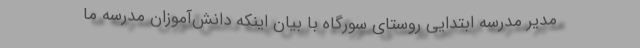
مدیر مدرسه ابتدایی روستای سورگاه با بیان اینکه دانش‌آموزان مدرسه ما